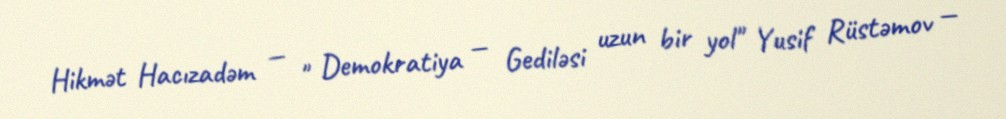
Hikmət Hacızadəm — " Demokratiya — Gediləsi uzun bir yol" Yusif Rüstəmov —